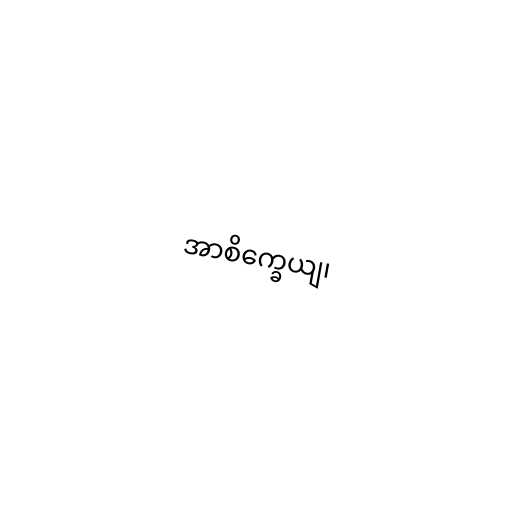
အာစိက္ခေယျ၊